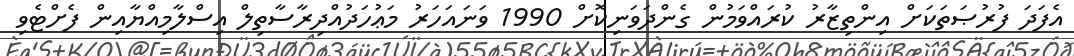
އެފަދަ ފުރުޞަތަކަށް އިންތިޒާރު ކުރައްވަމުން ގެންދަވަނިކޮށް 1990 ވަނައަހަރު މަޢުހަދުއްދިރާސާތިލް އިސްލާމިއްޔާއިން ފެށްޓެވި